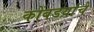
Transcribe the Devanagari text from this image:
कोंबडय़ांचे